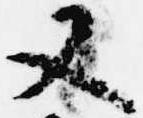
又